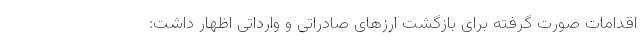
اقدامات صورت گرفته برای بازگشت ارزهای صادراتی و وارداتی اظهار داشت: